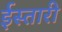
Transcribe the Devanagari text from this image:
ईस्तारी